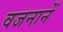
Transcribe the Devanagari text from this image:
वजनानें